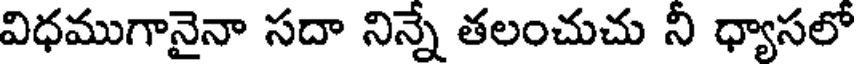
విధముగానైనా సదా నిన్నే తలంచుచు నీ ధ్యాసలో